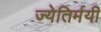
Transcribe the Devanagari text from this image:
ज्येतिर्मयी